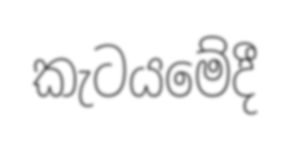
කැටයමේදී